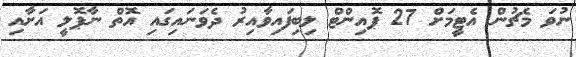
ނުވަ މެޗުން އެޓީމަށް 27 ޕޮއިންޓް ލިބިފައިވާއިރު ދެވަނައިގައި އޮތް ނާޕޮލީ އަށާއި